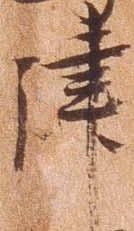
津